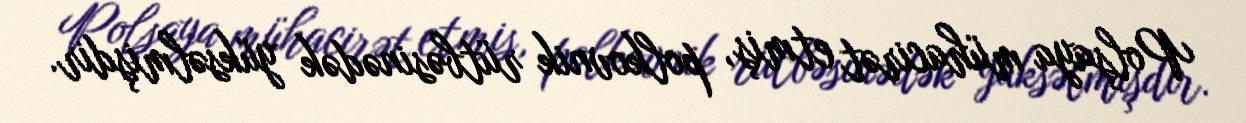
Polşaya mühacirət etmiş, polkovnik rütbəsinədək yüksəlmişdir.